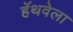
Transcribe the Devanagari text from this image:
हॅथवेला